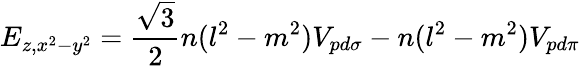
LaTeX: E_{z,x^{2}-y^{2}}={\frac{\sqrt{3}}{2}}n(l^{2}-m^{2})V_{pd\sigma}-n(l^{2}-m^{2})V_{pd\pi}